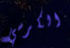
الكرسي